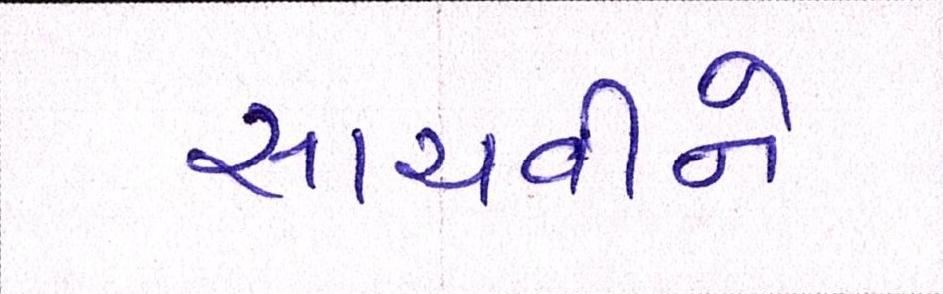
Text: સાચવીને